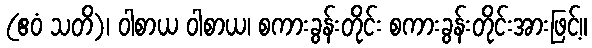
(ဧဝံ သတိ)၊ ဝါစာယ ဝါစာယ၊ စကားခွန်းတိုင်း စကားခွန်းတိုင်းအားဖြင့်။